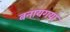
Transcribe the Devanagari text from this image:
बनायगया